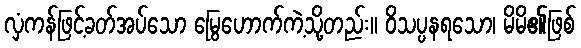
လှံကန်ဖြင့်ခတ်အပ်သော မြွေဟောက်ကဲ့သို့တည်း။ ဝိသပ္ပနရသော၊ မိမိ၏ဖြစ်